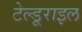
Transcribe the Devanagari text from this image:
टेल्डूराइल